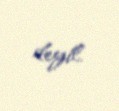
deyil.